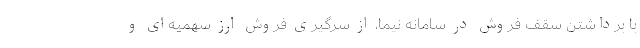
با برداشتن سقف فروش در سامانه نیما، از سرگیری فروش ارز سهمیه‌ای و